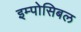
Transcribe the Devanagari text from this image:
इम्पोसिबल